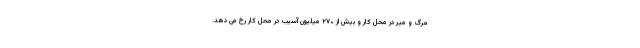
مرگ و میر در محل کار و بیش از ۲۷۰ میلیون آسیب در محل کار رخ می دهد.